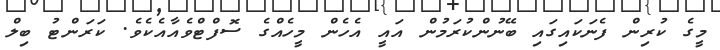
މީގެ ކުރިން ފެނަކައިގައި ބޭނުންކުރަމުން އައީ އެހެން މީހެއްގެ ސޮފްޓްވެއާއެކެވެ. ކަރަންޓު ބިލް